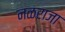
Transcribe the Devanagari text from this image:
नळराजा